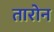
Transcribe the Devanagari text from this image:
तारोन